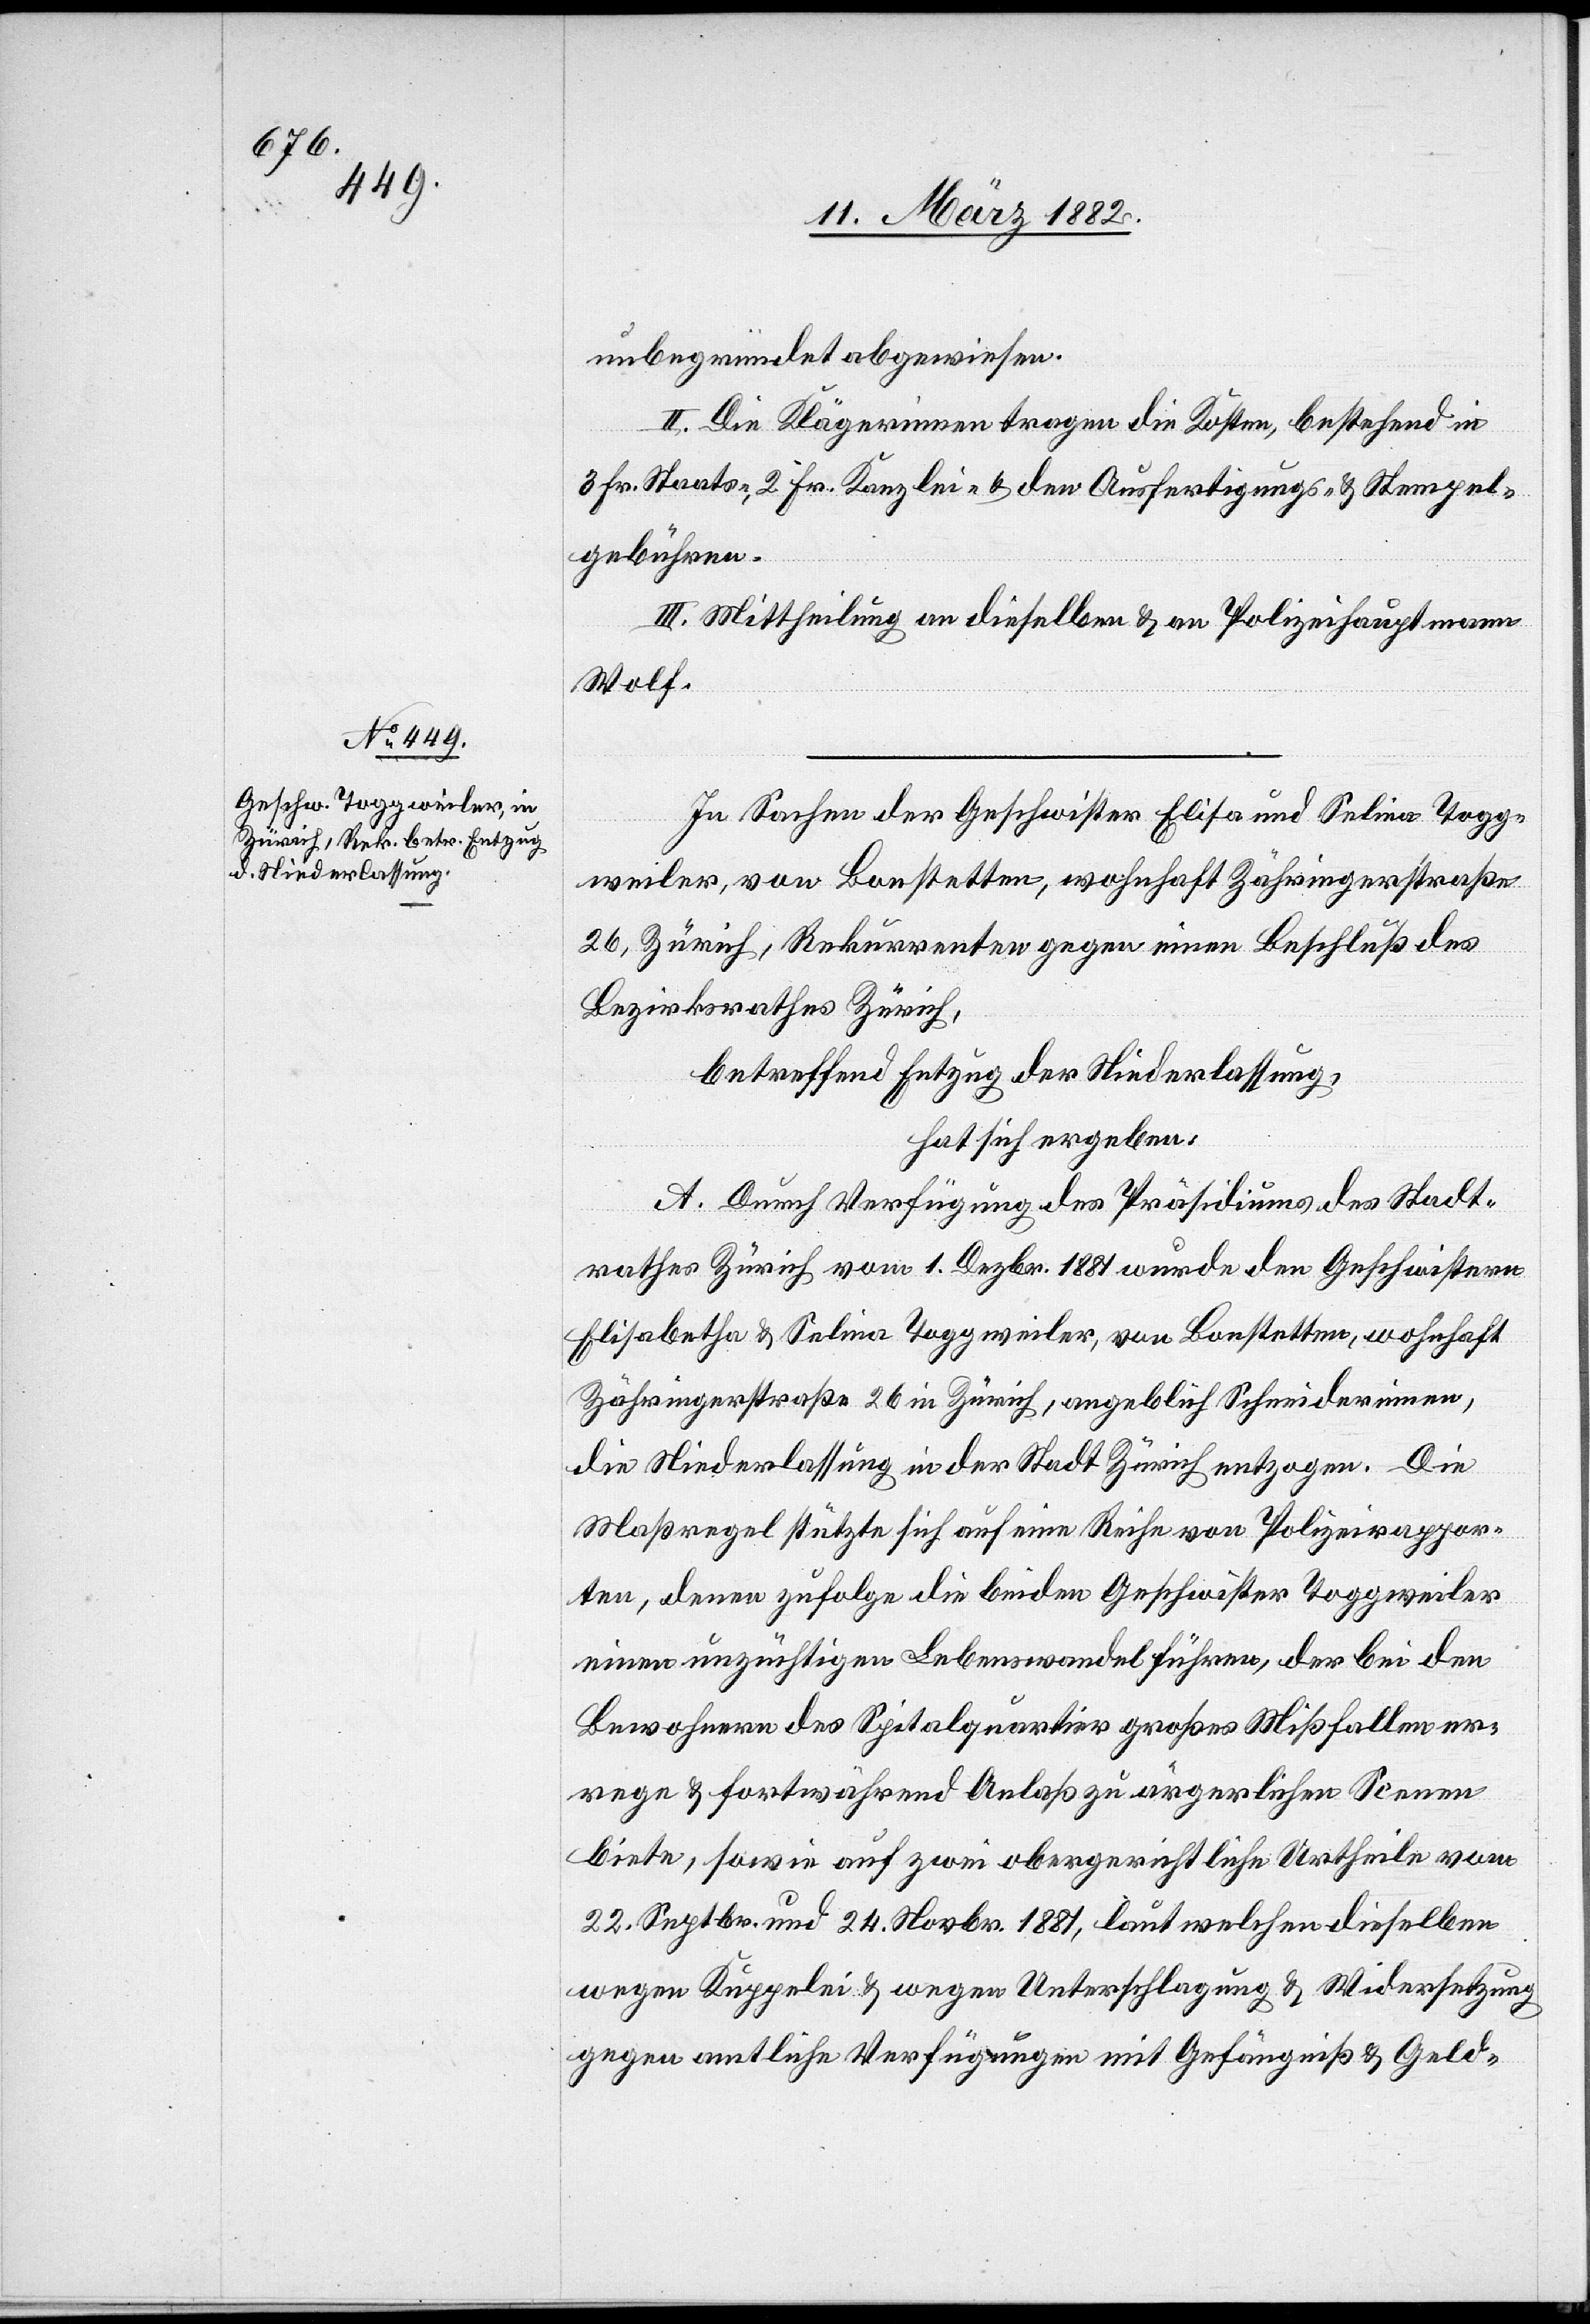
unbegründet abgewiesen.
II. Die Klägerinnen tragen die Kosten, bestehend in
3 Fr. Staats-, 2 Fr. Kanzlei- & den Ausfertigungs- & Stempel¬
gebühren.
III. Mittheilung an dieselben & an Polizeihauptmann
Wolf.
In Sachen der Geschwister Elisa und Selina Togg¬
weiler, von Bonstetten, wohnhaft Zähringerstraße
26, Zürich, Rekurrenten gegen einen Beschluß des
Bezirksrathes Zürich,
betreffend Entzug der Niederlassung,
hat sich ergeben:
A. Durch Verfügung des Präsidiums des Stadt¬
rathes Zürich vom 1. Dezbr. 1881 wurde den Geschwistern
Elisabetha & Selina Toggweiler, von Bonstetten, wohnhaft
Zähringerstraße 26 in Zürich, angeblich Schneiderinnen,
die Niederlassung in der Stadt Zürich entzogen. Die
Maßregel stütze sich auf eine Reihe von Polizeirappor¬
ten, denen zufolge die beiden Geschwister Toggweiler
einen unzüchtigen Lebenswandel führen, der bei den
Bewohnern des Spitalquartier großes Mißfallen er¬
rege & fortwährend Anlaß zu ärgerlichen Scenen
biete, sowie auf zwei obergerichtliche Urtheile vom
22. Septbr. und 24. Novbr. 1881, laut welchen dieselben
wegen Kuppelei & wegen Unterschlagung & Widersetzung
gegen amtliche Verfügungen mit Gefängniß & Geld-